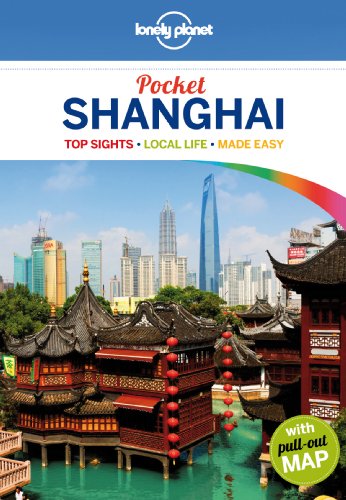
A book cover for Lonely Planet Pocket Shanghai (Travel Guide); Lonely Planet; Travel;